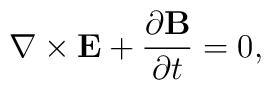
\nabla\times{\bf E} + \frac{\partial{\bf B}}{\partial t} = 0,